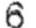
6